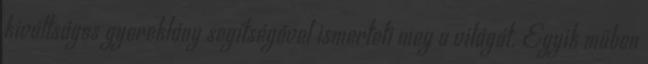
kiváltságos gyereklány segítségével ismerteti meg a világát. Egyik műben